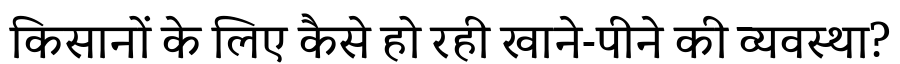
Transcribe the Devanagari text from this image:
किसानों के लिए कैसे हो रही खाने-पीने की व्यवस्था?